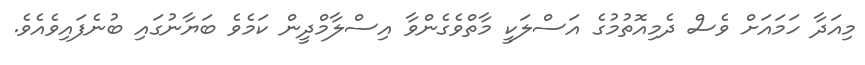
މިއަދާ ހަމައަށް ވެސް ދެމިއޮތުމުގެ އަސްލަކީ މާތްވެގެންވާ އިސްލާމްދީން ކަމެވެ ބަޔާނުގައި ބުނެފައިވެއެވެ.